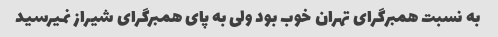
به نسبت همبرگرای تهران خوب بود ولی به پای همبرگرای شیراز نمیرسید